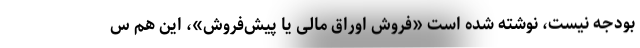
بودجه نیست، نوشته شده است «فروش اوراق مالی یا پیش‌فروش»، این هم س